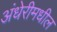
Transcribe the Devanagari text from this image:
अंधेरीमधील